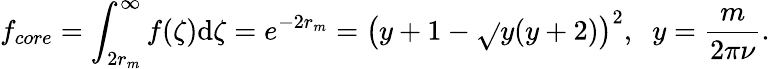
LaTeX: f_{core}=\int_{2r_{m}}^{\infty}f(\zeta)\mathrm{d}\zeta=e^{-2r_{m}}=\left(y+1-\sqrt{}{{y(y+2)}}\right)^{2},\; \; y=\frac{{m}}{{2\pi\nu}}.